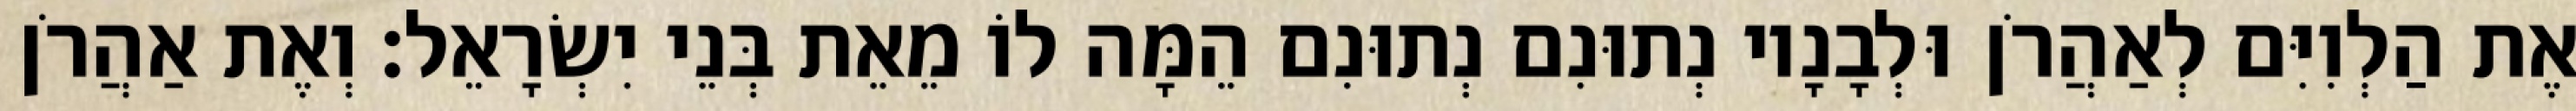
אֶת הַלְוִיִּם לְאַהֲרֹן וּלְבָנָיו נְתוּנִם נְתוּנִם הֵמָּה לוֹ מֵאֵת בְּנֵי יִשְׂרָאֵל׃ וְאֶת אַהֲרֹן